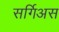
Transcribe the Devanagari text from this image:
सर्गिअस